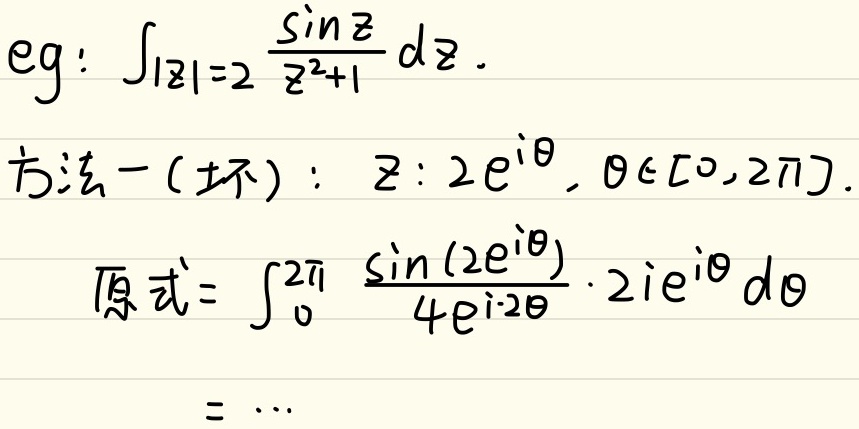
eg: \(\int_{|z| = 2}\frac{\sin z}{z^{2}+1} dz\)。

方法一(环)：\(z = 2e^{i\theta}, \theta\in[0,2\pi]\)。

原式\( = \int_{0}^{2\pi}\frac{\sin(2e^{i\theta})}{4e^{i\cdot2\theta}}\cdot 2ie^{i\theta} d\theta = \cdots\)